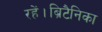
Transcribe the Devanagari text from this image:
रहें।ब्रिटैनिका